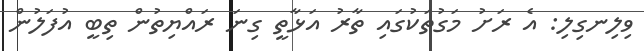
ވިލިނގިލި: އެ ރަށު މަގުތަކުގައި ތާރު އަޅާތީ ގިނަ ރައްޔިތުން ތިބީ އުފަލުން